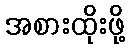
အစားထိုးဖို့